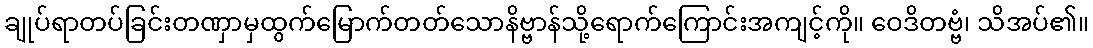
ချုပ်ရာတပ်ခြင်းတဏှာမှထွက်မြောက်တတ်သောနိဗ္ဗာန်သို့ရောက်ကြောင်းအကျင့်ကို။ ဝေဒိတဗ္ဗံ၊ သိအပ်၏။